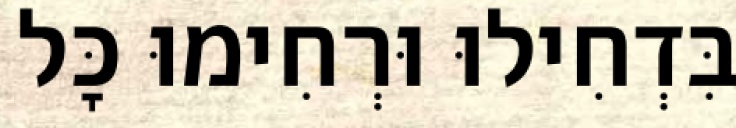
בִּדְחִילוּ וּרְחִימוּ כׇּל